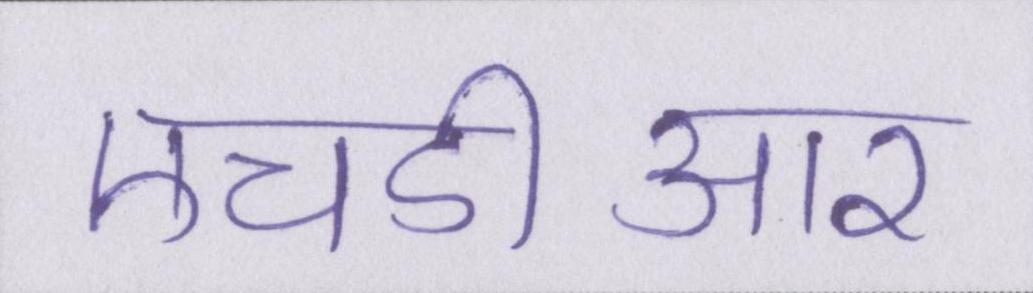
एचडीआर